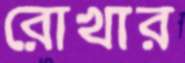
রোখার